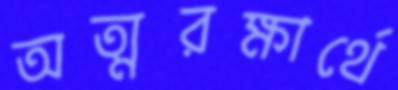
অত্মরক্ষার্থে